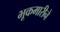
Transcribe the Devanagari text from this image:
भूकमारीने